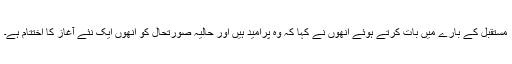
مستقبل کے بارے میں بات کرتے ہوئے انھوں نے کہا کہ وہ پرامید ہیں اور حالیہ صورتحال کو انھوں ایک نئے آغاز کا اختتام ہے۔